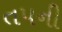
તપની